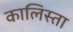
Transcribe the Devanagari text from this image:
कालिस्ता